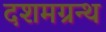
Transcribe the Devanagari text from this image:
दशमग्रन्थ